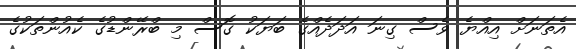
އެތަނަށް އިއްޔެ ވެސް ގިނަ އަދަދެއްގެ ބަޔަކު ގޮސް މި ބްރޭންޑުގެ ކެއުންތަކުގެ